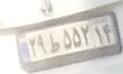
۲۹ط۵۵۲۱۴